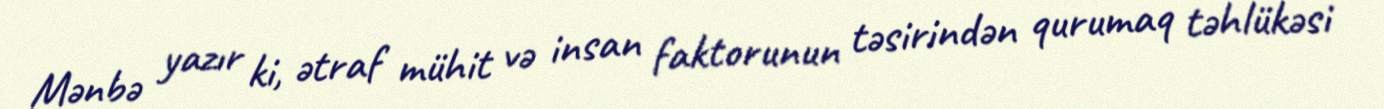
Mənbə yazır ki, ətraf mühit və insan faktorunun təsirindən qurumaq təhlükəsi